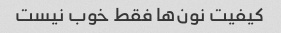
کیفیت نون‌ها فقط خوب نیست